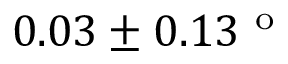
0 . 0 3 \pm 0 . 1 3 ^ { \mathrm { ~ o ~ } }